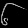
Digit: ၆